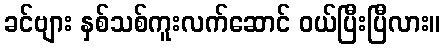
ခင်ဗျား နှစ်သစ်ကူးလက်ဆောင် ဝယ်ပြီးပြီလား။